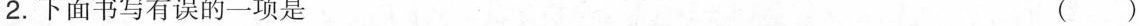
2.下面书写有误的一项是 （）